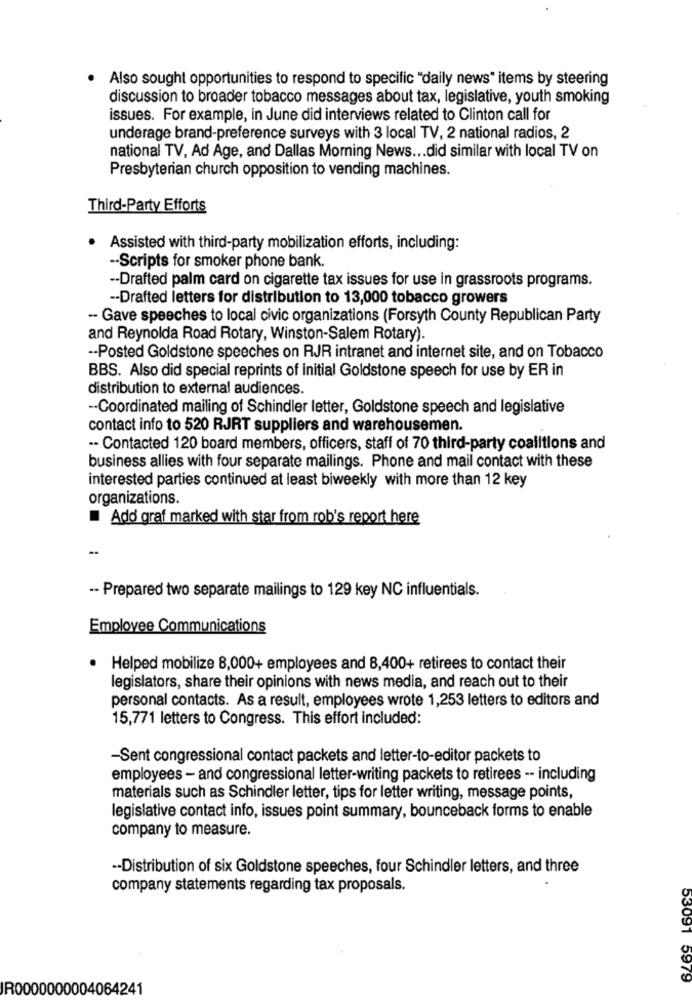
· Also sought opportunities to respond to specific "daily news" items by steering
discussion to broader tobacco messages about tax, legislative, youth smoking
issues. For example, in June did interviews related to Clinton call for
underage brand-preference surveys with 3 local TV, 2 national radios, 2
national TV, Ad Age, and Dallas Morning News ... did similar with local TV on
Presbyterian church opposition to vending machines.
Third-Party Efforts
Assisted with third-party mobilization efforts, including:
-- Scripts for smoker phone bank.
-- Drafted palm card on cigarette tax issues for use in grassroots programs.
-- Drafted letters for distribution to 13,000 tobacco growers
-- Gave speeches to local civic organizations (Forsyth County Republican Party
and Reynolda Road Rotary, Winston-Salem Rotary).
-- Posted Goldstone speeches on RJR intranet and internet site, and on Tobacco
BBS. Also did special reprints of initial Goldstone speech for use by ER in
distribution to external audiences.
-- Coordinated mailing of Schindler letter, Goldstone speech and legislative
contact info to 520 RJRT suppliers and warehousemen.
-- Contacted 120 board members, officers, staff of 70 third-party coalitions and
business allies with four separate mailings. Phone and mail contact with these
interested parties continued at least biweekly with more than 12 key
organizations.
Add graf marked with star from rob's report here
-- Prepared two separate mailings to 129 key NC influentials.
Employee Communications
.
Helped mobilize 8,000+ employees and 8,400+ retirees to contact their
legislators, share their opinions with news media, and reach out to their
personal contacts. As a result, employees wrote 1,253 letters to editors and
15,771 letters to Congress. This effort included:
-Sent congressional contact packets and letter-to-editor packets to
employees - and congressional letter-writing packets to retirees -- including
materials such as Schindler letter, tips for letter writing, message points,
legislative contact info, issues point summary, bounceback forms to enable
company to measure.
-- Distribution of six Goldstone speeches, four Schindler letters, and three
company statements regarding tax proposals.
53091 5979
IR0000000004064241